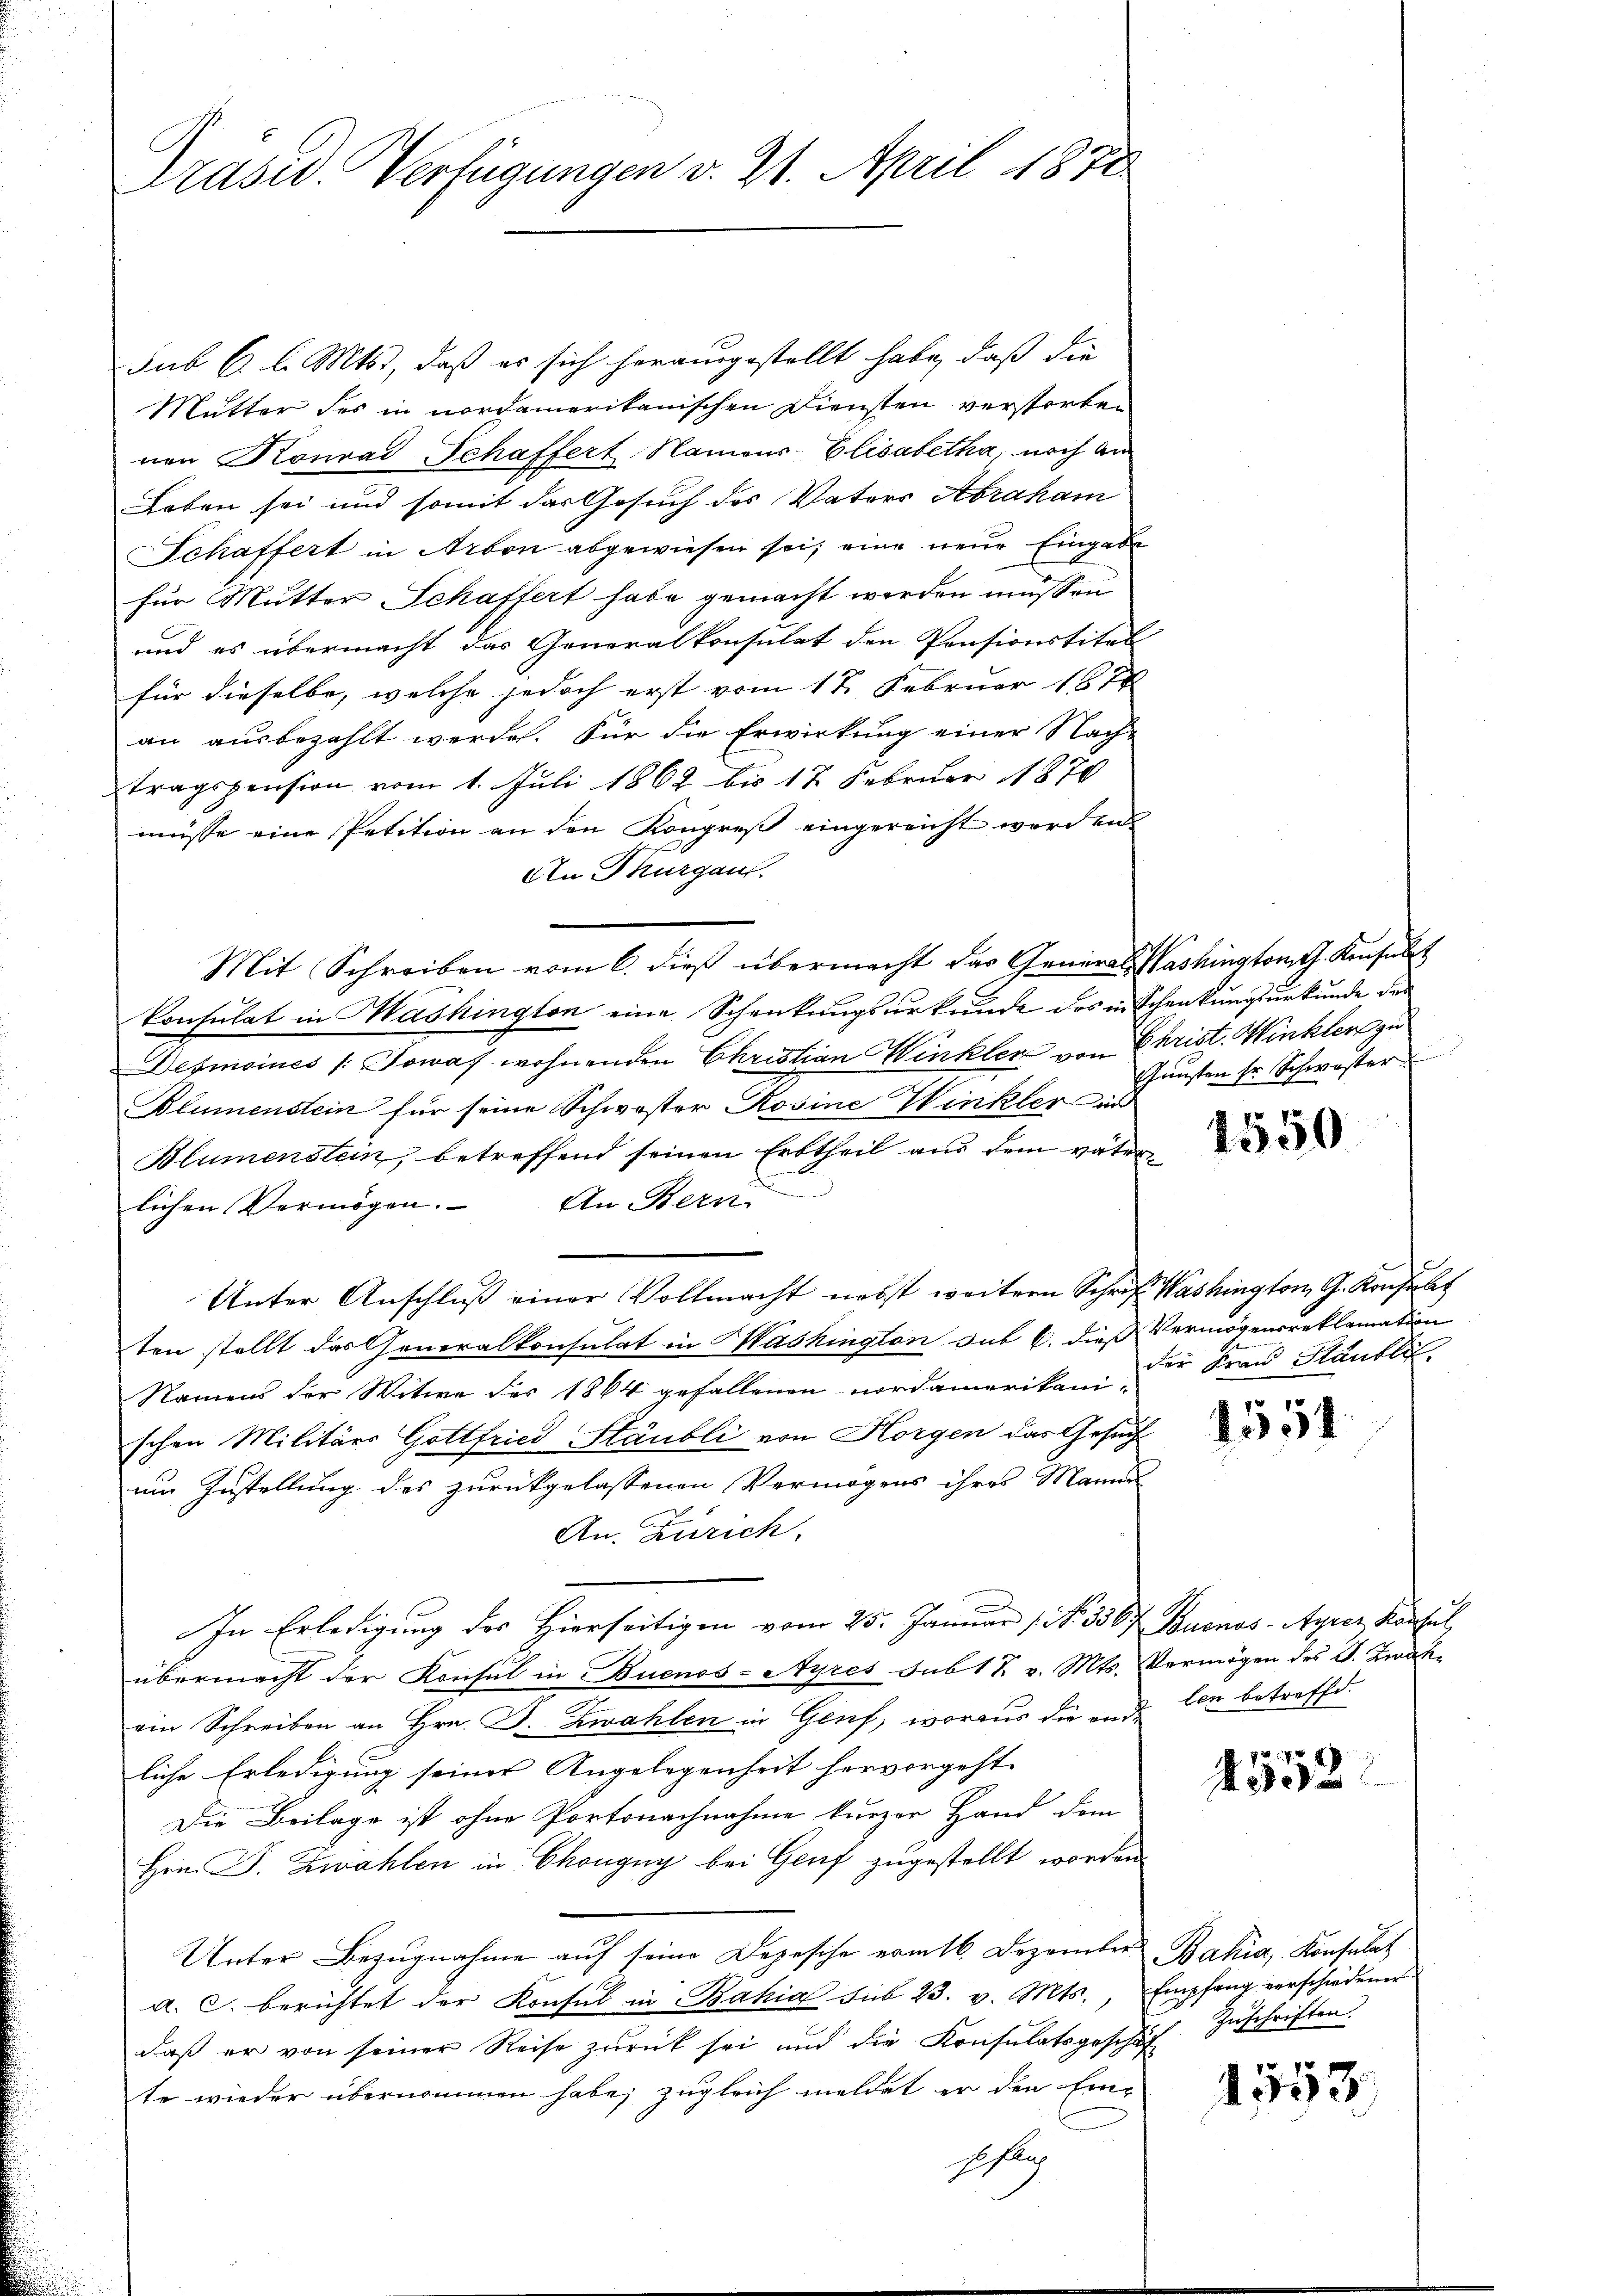
Präsid. Verfügungen v. 21. April 1872.

sub 6. l. Mts., daß es sich herausgestellt habe, daß die
Mutter des in nordamerikanischen Diensten verstorten
nen Konrad Schaffert Namour-Elisabetha, noch am
Leben sei und somit der Gesuch des Vaters Abraham
Schaffert in Arbon abgewiesen sei, eine neue Eingabe
für Mutter Schaftert habe gemacht werden müssen
und es übermacht das Generalkonsulat den Pensionstitel
für dieselbe, welche jedoch erst vom 17. Februar 1874
an ausbezahlt werde. Für die Erwirkung einer Nach-
tragspension vom 1. Juli 1862 bis 12 Februar 1870
müsse eine Petition an den Kongreß eingereicht worden
An Thurgau.
Mit Schreiben vom 6. dieß übermacht das General Washingtont. Konsult
konsulat in Washington eine Schenkungsurkunde des in Schenkungsurkunde des
Desmoines /: Sowaf wohnenden Christian Winkler von Christ. Winkler zu
Blumenstein für seine Schwester Rosine Winkler in
Blumenstein, betreffend seinen Erbtheil aus dem väter
lichen Vermögen. An Bern
Unter Anschluß einer Vollmacht nebst weitern Schrif Washington G. Konsult
ten stellt das Generalkonsulat in Washington sub 6. dieß Vermögensreklamation
Namens der Witwe des 1864 gefallenen Nordamerikani-
schen Militärs Gottfried Stäubli von Horgen das Gesuch
um Zustellung des zurückgelassenen Vermögens ihres Manne
An. Zürich,
In Erledigung des Hierseitigen vom 25. Januar (No. 3567 Buenos-Ayrer Konsul,
übermacht der Konsul in Buenos-Ayres sub 12 v. Mts. Vermögen des V. Zwick-
ein Schreiben an Hrn. J. Zwahlen in Genf, woraus die und von betreffe
liche Erledigung seines Angelegenheit hervorgeht.
Die Beilage ist ohne Portonachnahme kurzer Hand dem
Hrn. F. Zwahlen in Chongny bei Genf zugestellt worden.
Unter Bezugnahme auf seine Depesche erm 16. Dezember Bahia, Konsulat
a. c. berichtet der Konsul in Bahia sub 23. v. Mts. Empfang verschiedener
daß er von seiner Reise zŭrück sei und die Konsulatsgeschäf
te wieder übernommen habe; zugleich meldet er den Ein¬
Heslich

Günsten sr Schwester

1550

der Frau Staubli,

.
3

4552.

Zuschriften.

4553